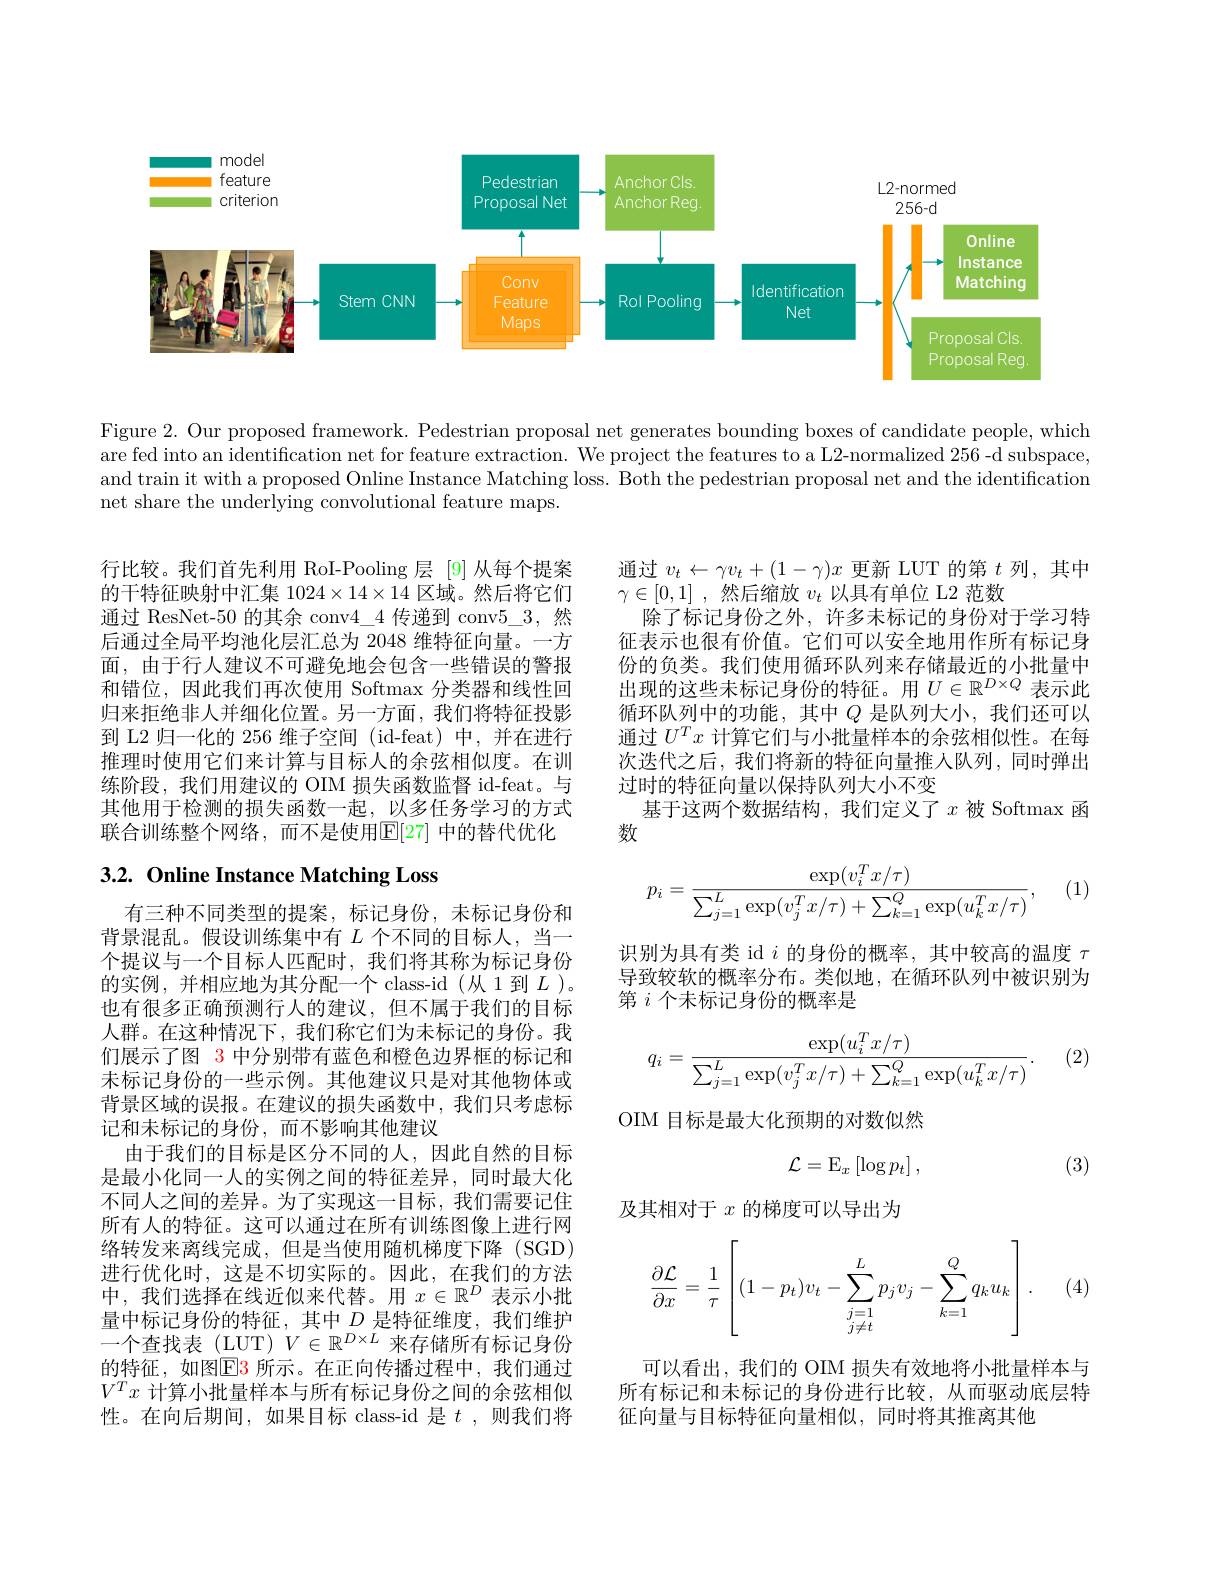
<FigureHere>

Figure 2. Our proposed framework. Pedestrian proposal net generates bounding boxes of candidate people, which are fed into an identification net for feature extraction. We project the features to a L2-normalized 256 -d subspace, and train it with a proposed Online Instance Matching loss. Both the pedestrian proposal net and the identification net share the underlying convolutional feature maps.

行比较。我们首先利用 RoI-Pooling 层 [9]从每个提案的干特征映射中汇集$1024\times14\times14$区域。然后将它们通过 ResNet-50 的其余 conv4\_4 传递到 conv$5\_3$,然后通过全局平均池化层汇总为 2048 维特征向量。一方面，由于行人建议不可避免地会包含一些错误的警报和错位，因此我们再次使用 Softmax 分类器和线性回归来拒绝非人并细化位置。另一方面，我们将特征投影到 L2 归一化的 256 维子空间 (id-feat) 中，并在进行推理时使用它们来计算与目标人的余弦相似度。在训练阶段，我们用建议的 OIM 损失函数监督 id-feat。与其他用于检测的损失函数一起，以多任务学习的方式联合训练整个网络，而不是使用$\mathbb{E}[27]$ 中的替代优化

通过$v_t\leftarrow\gamma v_t+(1-\gamma)x$更新 LUT 的第$t$列，其中
$\gamma \in [ 0, 1]$ ,然后缩放 $v_t$ 以具有单位 L2 范数
除了标记身份之外，许多未标记的身份对于学习特征表示也很有价值。它们可以安全地用作所有标记身份的负类。我们使用循环队列来存储最近的小批量中出现的这些未标记身份的特征。用$U\in\mathbb{R}^{D\times Q}$表示此循环队列中的功能，其中$Q$ 是队列大小，我们还可以通过$U^Tx$计算它们与小批量样本的余弦相似性。在每次迭代之后，我们将新的特征向量推入队列，同时弹出过时的特征向量以保持队列大小不变
基于这两个数据结构，我们定义了$x$被 Softmax 函
数

# 3.2. Online Instance Matching Loss

(1)
$$p_i=\frac{\exp(v_i^Tx/\tau)}{\sum_{j=1}^L\exp(v_j^Tx/\tau)+\sum_{k=1}^Q\exp(u_k^Tx/\tau)},$$
识别为具有类 id $i$的身份的概率，其中较高的温度$\tau$ 导致较软的概率分布。类似地，在循环队列中被识别为第$i$个未标记身份的概率是

(2)
$$q_i=\frac{\exp(u_i^Tx/\tau)}{\sum_{j=1}^L\exp(v_j^Tx/\tau)+\sum_{k=1}^Q\exp(u_k^Tx/\tau)}.$$
OIM 目标是最大化预期的对数似然
$$\mathcal{L}=\mathrm{E}_x\left[\log p_t\right],$$
(3)

有三种不同类型的提案，标记身份，未标记身份和背景混乱。假设训练集中有$L$个不同的目标人，当一个提议与一个目标人匹配时，我们将其称为标记身份的实例，并相应地为其分配一个 class-id (从 1 到$L$ )。也有很多正确预测行人的建议，但不属于我们的目标人群。在这种情况下，我们称它们为未标记的身份。我们展示了图 3 中分别带有蓝色和橙色边界框的标记和未标记身份的一些示例。其他建议只是对其他物体或背景区域的误报。在建议的损失函数中，我们只考虑标记和未标记的身份，而不影响其他建议
由于我们的目标是区分不同的人，因此自然的目标是最小化同一人的实例之间的特征差异，同时最大化不同人之间的差异。为了实现这一目标，我们需要记住所有人的特征。这可以通过在所有训练图像上进行网络转发来离线完成，但是当使用随机梯度下降(SGD) 进行优化时，这是不切实际的。因此，在我们的方法中，我们选择在线近似来代替。用$x\in\mathbb{R}^D$表示小批量中标记身份的特征，其中$D$ 是特征维度，我们维护一个查找表(LUT)$V\in\mathbb{R}^D\times L$来存储所有标记身份的特征，如图$\color{red}{\mathrm{E3}}$ 所示。在正向传播过程中，我们通过$V^Tx$计算小批量样本与所有标记身份之间的余弦相似性。在向后期间，如果目标 class-id 是$t$ ,则我们将

及其相对于$x$的梯度可以导出为
$$\dfrac{\partial\mathcal{L}}{\partial x}=\dfrac{1}{\tau}\left[(1-p_t)v_t-\sum\limits_{j=1\atop j\neq t}^{L}p_jv_j-\sum\limits_{k=1}^{Q}q_ku_k\right].$$
. (4)

可以看出，我们的 OIM 损失有效地将小批量样本与所有标记和未标记的身份进行比较，从而驱动底层特征向量与目标特征向量相似，同时将其推离其他